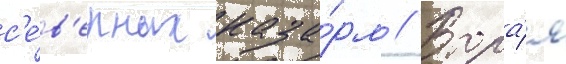
с'е́в'ерных каза́рм // Втора́я